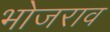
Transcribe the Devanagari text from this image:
भोजराव